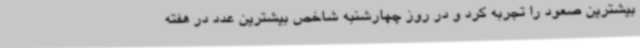
بیشترین صعود را تجربه کرد و در روز چهارشنبه شاخص بیشترین عدد در هفته